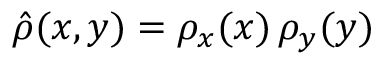
\hat { \rho } ( x , y ) = \rho _ { x } ( x ) \, \rho _ { y } ( y )